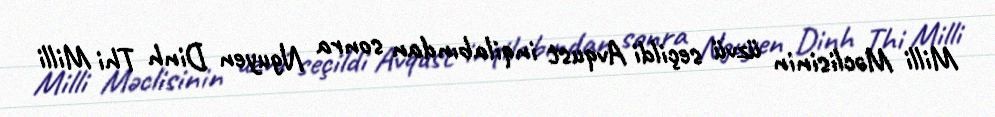
Milli Məclisinin üzvü seçildi Avqust inqilabından sonra Nguyen Dinh Thi Milli